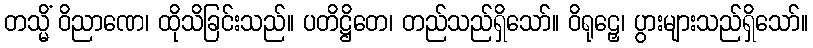
တသ္မိံ ဝိညာဏေ၊ ထိုသိခြင်းသည်။ ပတိဋ္ဌိတေ၊ တည်သည်ရှိသော်။ ဝိရုဠှေ၊ ပွားများသည်ရှိသော်။